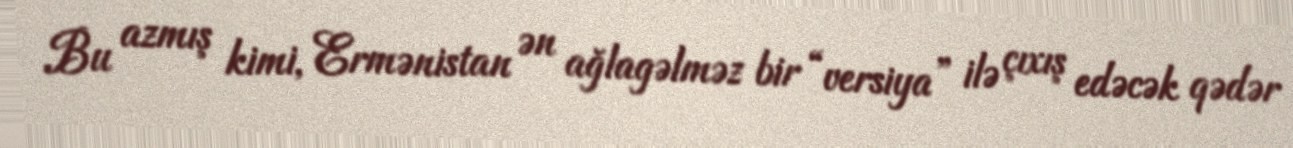
Bu azmış kimi, Ermənistan ən ağlagəlməz bir “versiya” ilə çıxış edəcək qədər